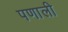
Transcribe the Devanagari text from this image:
पणाली